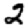
Digit: 2